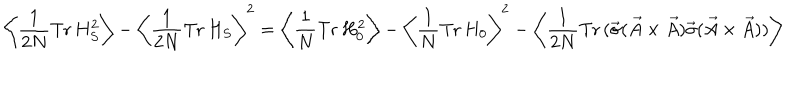
LaTeX: \left\langle \frac { 1 } { 2 N } \mathrm { T r } \, H _ { S } ^ { 2 } \right\rangle - \left\langle \frac { 1 } { 2 N } \mathrm { T r } \, H _ { S } \right\rangle ^ { 2 } = \left\langle \frac { 1 } { N } \mathrm { T r } \, H _ { 0 } ^ { 2 } \right\rangle - \left\langle \frac { 1 } { N } \mathrm { T r } \, H _ { 0 } \right\rangle ^ { 2 } - \left\langle \frac { 1 } { 2 N } \mathrm { T r } \, ( \vec { \sigma } ( \vec { A } \times \vec { A } ) \vec { \sigma } ( \vec { A } \times \vec { A } ) ) \right\rangle